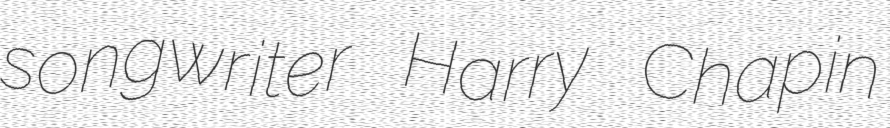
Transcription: songwriter Harry Chapin